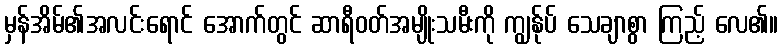
မှန်အိမ်၏အလင်းရောင် အောက်တွင် ဆာရီဝတ်အမျိုးသမီးကို ကျွန်ုပ် သေချာစွာ ကြည့် လေ၏။